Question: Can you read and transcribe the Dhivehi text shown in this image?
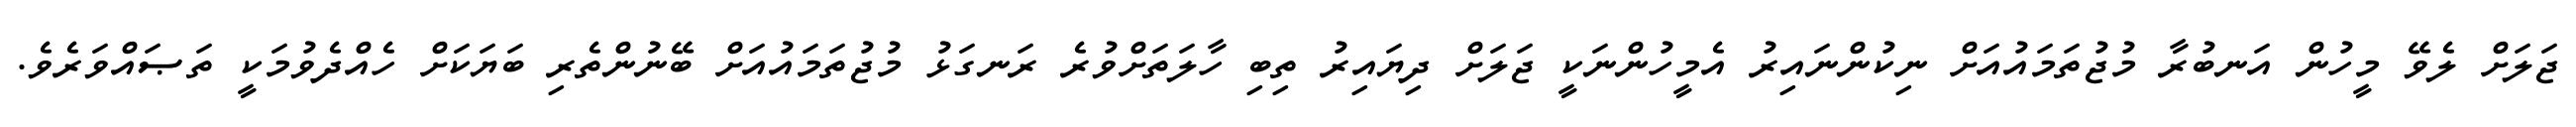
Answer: ޖަލަށް ލެވޭ މީހުން އަނބުރާ މުޖުތަމައުއަށް ނިކުންނައިރު އެމީހުންނަކީ ޖަލަށް ދިޔައިރު ތިބި ހާލަތަށްވުރެ ރަނގަޅު މުޖުތަމައުއަށް ބޭނުންތެރި ބަޔަކަށް ހެއްދެވުމަކީ ތަޞައްވަރެވެ.